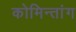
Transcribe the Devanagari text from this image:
कोमिन्तांग